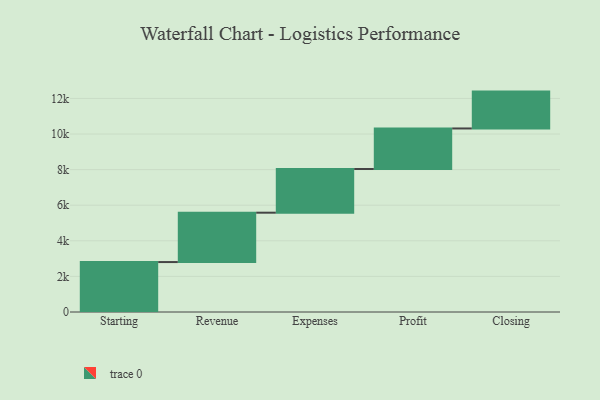
{"axis": {"x": "Step", "y": "Value"}, "legend": [""], "data": [{"x": "Starting", "y": 2806.0, "type": ""}, {"x": "Revenue", "y": 2774.0, "type": ""}, {"x": "Expenses", "y": 2456.0, "type": ""}, {"x": "Profit", "y": 2277.0, "type": ""}, {"x": "Closing", "y": 2071.0, "type": ""}]}